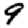
Digit: 9